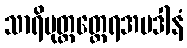
သာရိပုတ္တတ္ထေရအပဒါနံ